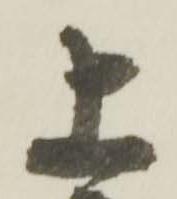
上